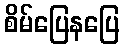
စိမ်ပြေနပြေ